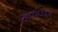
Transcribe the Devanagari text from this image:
अय्यप्पन्